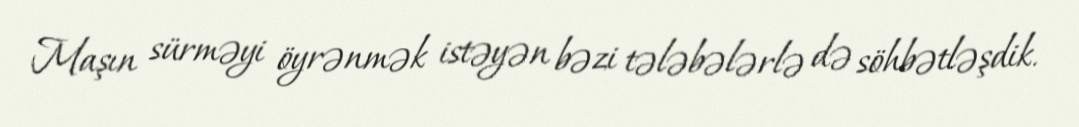
Maşın sürməyi öyrənmək istəyən bəzi tələbələrlə də söhbətləşdik.